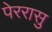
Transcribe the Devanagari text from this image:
पेररासु